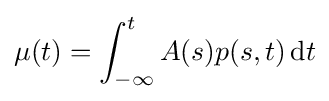
\mu (t)=\int _{-\infty }^{t}A(s)p(s,t)\,\mathrm {d} t